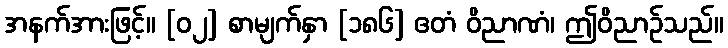
အနက်အားဖြင့်။ [၀၂] စာမျက်နှာ [၁၈၆] ဧတံ ဝိညာဏံ၊ ဤဝိညာဉ်သည်။